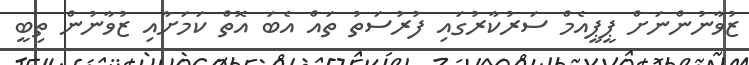
ޒުވާނުންނަށް ޕީޕީއެމް ސަރުކާރުގައި ފުރުސަތު ތައް އެބަ އޮތް ކަމަށާއި ޒުވާނުން ތިބީ